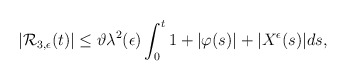
\begin{align*}\begin{aligned}|\mathcal{R}_{3,\epsilon}(t)|&\leq\vartheta\lambda^{2}(\epsilon)\int_0^t1+|\varphi(s)|+|{X}^{\epsilon}(s)|ds,\end{aligned}\end{align*}